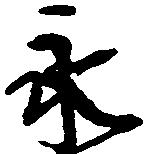
永